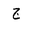
Letter: _gim